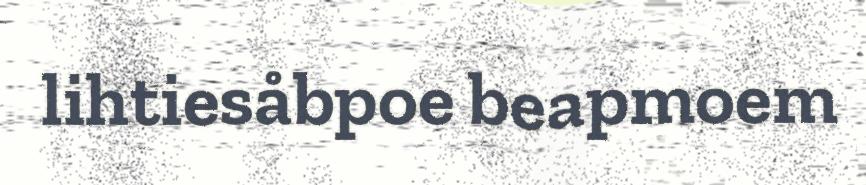
lihtiesåbpoe beapmoem